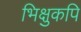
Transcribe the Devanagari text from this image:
भिक्षुकपि